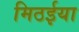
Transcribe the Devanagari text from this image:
मिठईया